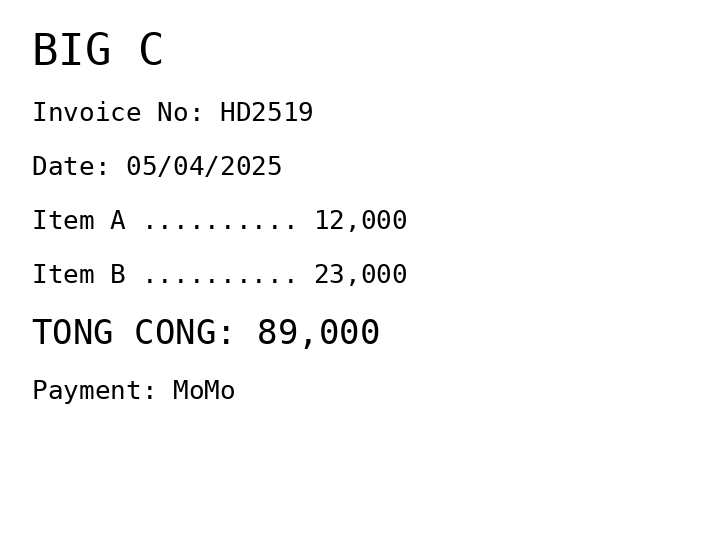
BIG C
Invoice No: HD2519
Date: 05/04/2025
Item A .......... 12,000
Item B .......... 23,000
TONG CONG: 89,000
Payment: MoMo
Merchant: big c
Date: 2025-04-05
Total: 89000
Invoice No: HD2519
Payment method: MOMO